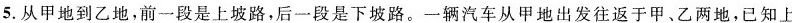
坡每小时行36千米，下坡每小时行48千米，来回一次共用3.5小时。甲、乙两地之间的路程是多少